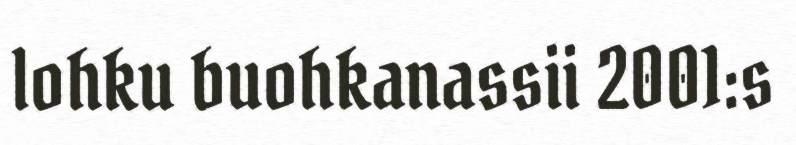
lohku buohkanassii 2001:s